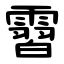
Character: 霫